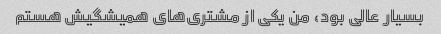
بسیار عالی بود، من یکی از مشتری‌های همیشگیش هستم